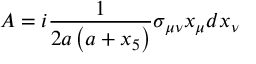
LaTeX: A = i \frac { 1 } { 2 a \left( a + x _ { 5 } \right) } \sigma _ { \mu \nu } x _ { \mu } d x _ { \nu }